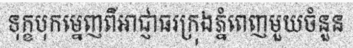
ទុក្ខបុកម្នេញពីអាជ្ញាធរក្រុងភ្នំពេញមួយចំនួន